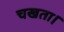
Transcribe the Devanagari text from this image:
चखता।